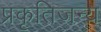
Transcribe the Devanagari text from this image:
प्रकृतिजन्य